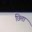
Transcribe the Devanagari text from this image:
छित्ता